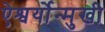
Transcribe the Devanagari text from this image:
ऐश्वर्योन्मुखी